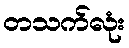
တသက်လုံး